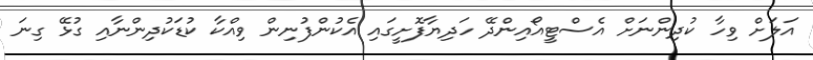
އަލަށް ވިހާ ކުދިންނަށް އެސްޓީއޯއިންދޭ ހަދިޔާފޮށީގައި އެކުންފުނިން ވިއްކާ ކުޑަކުދިންނާއި ގުޅޭ ގިނަ